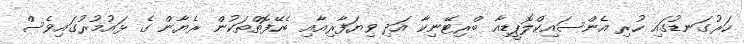
ހަރުގަނޑުގައި ހުރި އެންސައިކްލޮޕީޑިއާ ބްރިޓޭނިކާ އަދި ވިޔަފާރިއާއި ބެހޭފޮތްތަކުން ރެޔާން ގެ ޅައުމުރުގައިވެސް